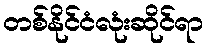
တစ်နိုင်ငံလုံးဆိုင်ရာ